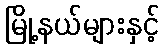
မြို့နယ်များနှင့်